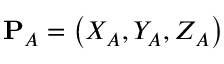
\mathbf { P } _ { A } = \left( X _ { A } , Y _ { A } , Z _ { A } \right)